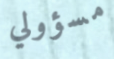
مسؤولي